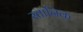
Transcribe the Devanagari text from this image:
स्तानिक